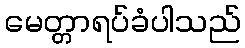
မေတ္တာရပ်ခံပါသည်